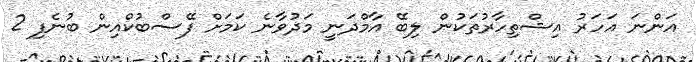
އަންނަ އަހަރު އިޝްތިހާރުތަކުން ލިބޭ އާމްދަނީ މަދުވާނެ ކަމަށް ފޭސްބުކްއިން ބުނެފި 2